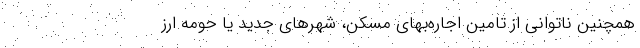
همچنین ناتوانی از تامین اجاره‌‌بهای مسکن، شهرهای جدید یا حومه ارز